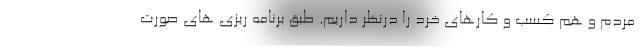
مردم و هم کسب و کارهای خرد را درنظر داریم. طبق برنامه ریزی های صورت